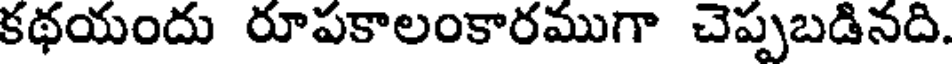
కథయందు రూపకాలంకారముగా చెప్పబడినది.